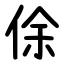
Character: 俆